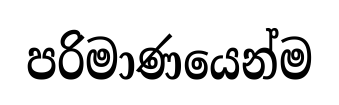
පරිමාණයෙන්ම